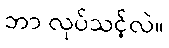
ဘာ လုပ်သင့်လဲ။